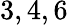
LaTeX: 3,4,6